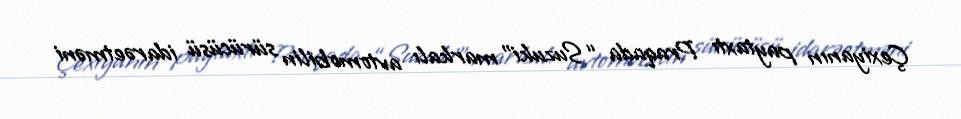
Çexiyanın paytaxtı Praqada “Suzuki” markalı avtomobilin sürücüsü idarəetməni